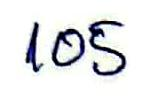
105